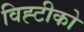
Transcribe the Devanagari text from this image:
विह्टीको